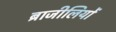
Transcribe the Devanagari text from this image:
ब्राजीलियों